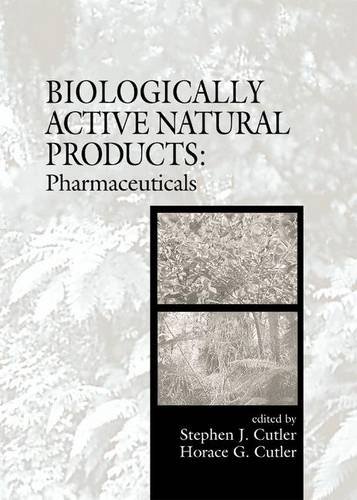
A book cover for Biologically Active Natural Products: Pharmaceuticals; Medical Books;